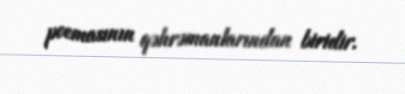
poemasının qəhrəmanlarından biridir.